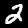
Label: 2